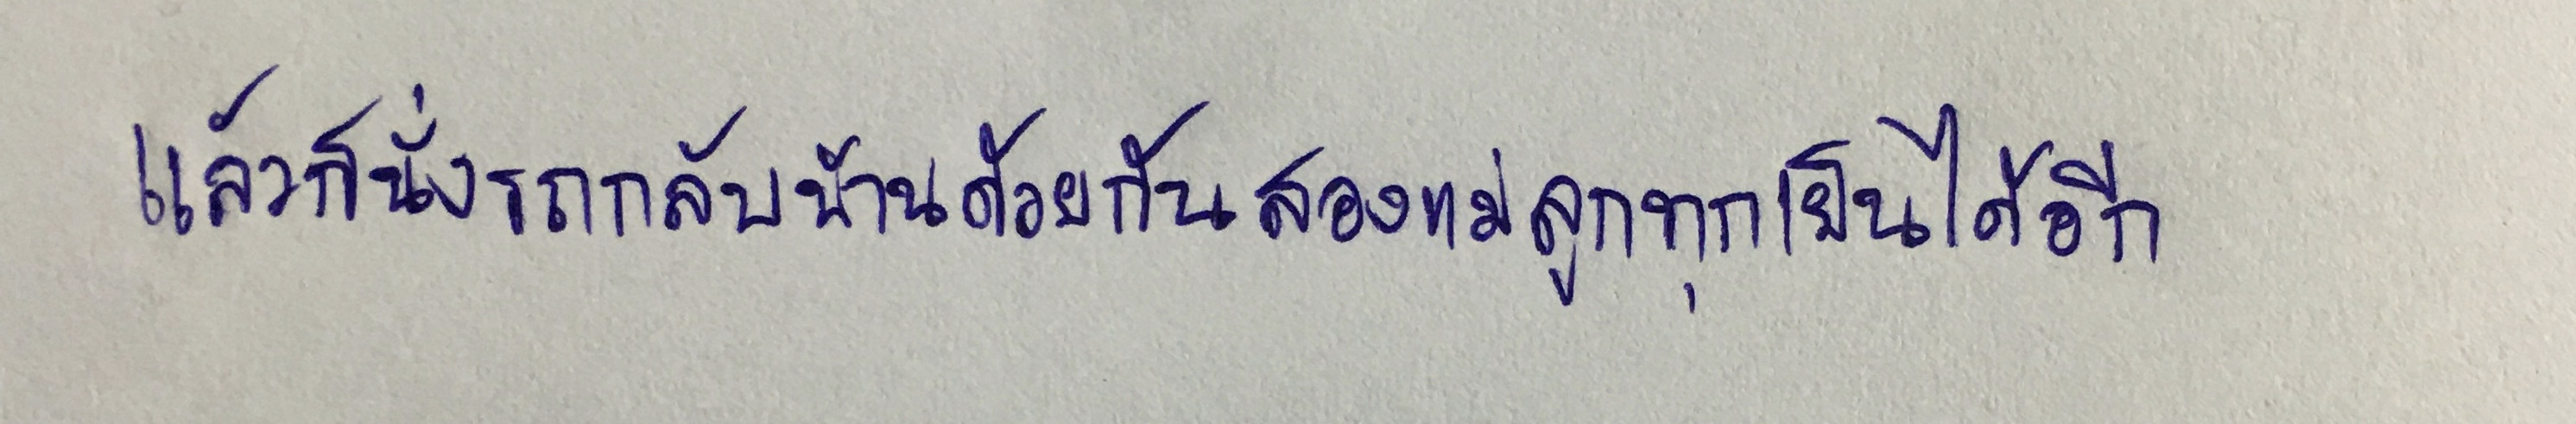
แล้วก็นั่งรถกลับบ้านด้วยกันสองแม่ลูกทุกเย็นได้อีก